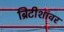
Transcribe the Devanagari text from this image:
ब्रिटीशांवर